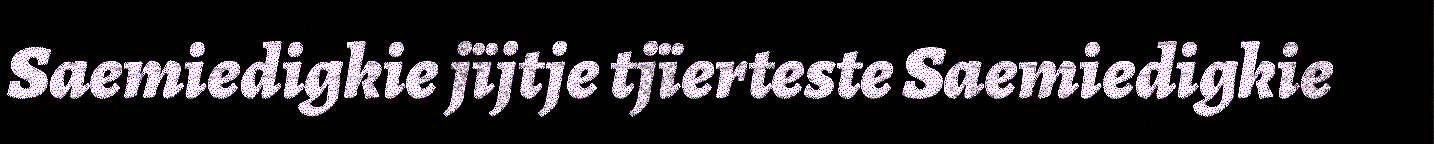
Saemiedigkie jïjtje tjïerteste Saemiedigkie